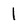
Character: 1